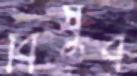
বিষুব